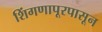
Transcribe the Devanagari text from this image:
शिंगणापूरपासून